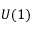
U ( 1 )